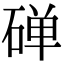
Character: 䃅